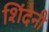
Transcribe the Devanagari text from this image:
शिंदेनी